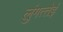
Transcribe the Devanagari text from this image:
लुंगत्‍तेई